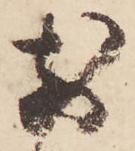
前